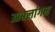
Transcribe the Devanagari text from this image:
आबलांगम